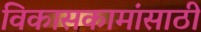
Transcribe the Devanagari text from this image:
विकासकामांसाठी